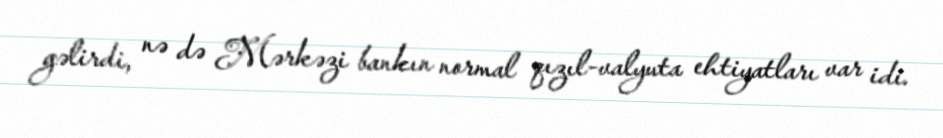
gəlirdi, nə də Mərkəzi bankın normal qızıl-valyuta ehtiyatları var idi.